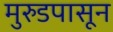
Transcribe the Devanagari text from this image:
मुरुडपासून